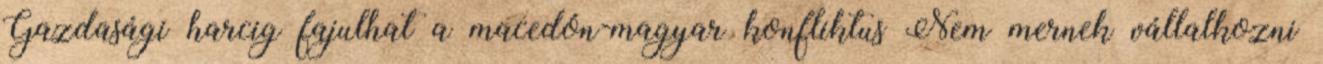
Gazdasági harcig fajulhat a macedón-magyar konfliktus Nem mernek vállalkozni